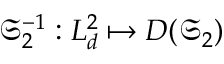
\mathfrak { S } _ { 2 } ^ { - 1 } : L _ { d } ^ { 2 } \mapsto D ( \mathfrak { S } _ { 2 } )